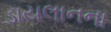
ડાયલાનના